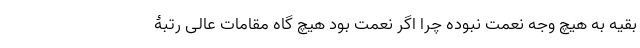
بقیه به هیچ وجه نعمت نبوده چرا اگر نعمت بود هیچ گاه مقامات عالی رتبۀ